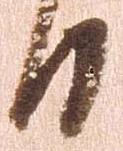
日